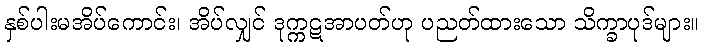
နှစ်ပါးမအိပ်ကောင်း၊ အိပ်လျှင် ဒုက္ကဋအာပတ်ဟု ပညတ်ထားသော သိက္ခာပုဒ်များ။